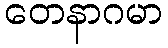
တေနာဂမာ